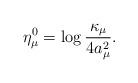
LaTeX: \begin{align*}\eta^{0}_{\mu}=\log \frac{\kappa_{\mu}}{4a_{\mu}^{2}}.\end{align*}